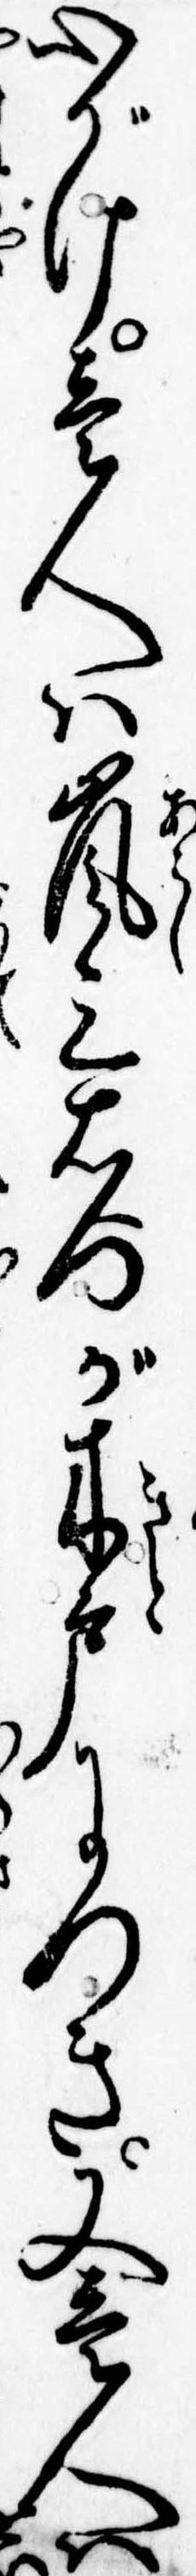
心がけ壱人は嵐三右門が木戸につき又壱人は